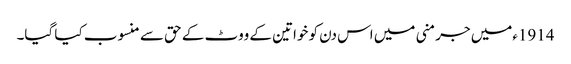
1914ءمیں جرمنی میں اس دن کو خواتین کے ووٹ کے حق سے منسوب کیا گیا۔